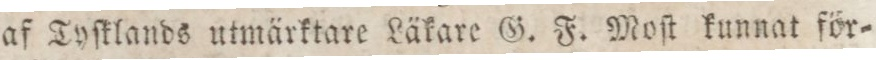
af Tyſklands utmärktare Läkare G. F. Moſt kunnat för=